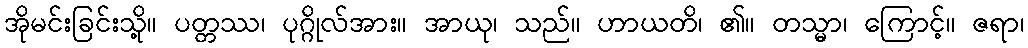
အိုမင်းခြင်းသို့။ ပတ္တဿ၊ ပုဂ္ဂိုလ်အား။ အာယု၊ သည်။ ဟာယတိ၊ ၏။ တသ္မာ၊ ကြောင့်။ ဇရာ၊